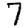
Digit: 7